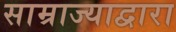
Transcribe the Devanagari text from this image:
साम्राज्याद्वारा